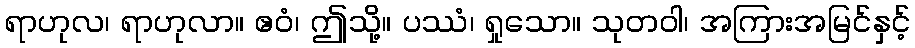
ရာဟုလ၊ ရာဟုလာ။ ဧဝံ၊ ဤသို့။ ပဿံ၊ ရှုသော။ သုတဝါ၊ အကြားအမြင်နှင့်